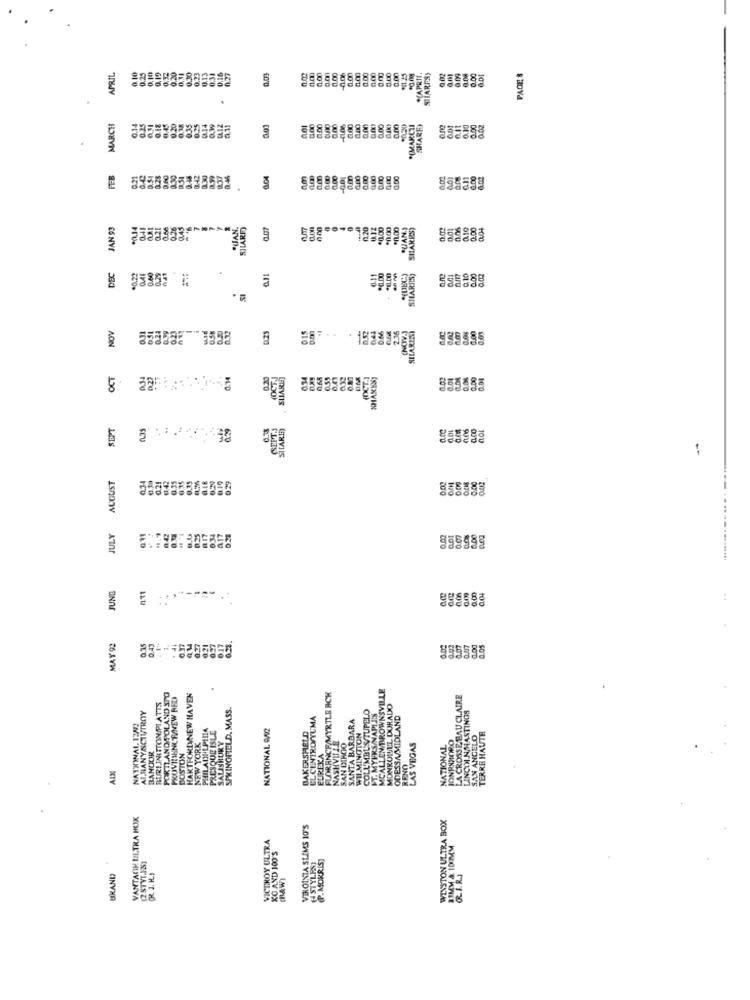
APRIL
0.20
0.30
0.13
0.03
0.00
a.on
0.00
d.on
.APRIL.
SHARPSS
0.00
PAGES
MARCH
0.00
0.00
0.00
"IMARCHI
SHARF)
0.10
0.21
0.28
0,30
0.44
0.42
0.30
0.04
1.00
JAN 93
0.66
JUAN.
SJARE)
1120
0.12
$0.00
QUANT
SHAKES)
0.02
0.00
0.04
DEC
*0.22
0.41
0.40
0.29
nat
SILARTIST
0,00
NOV
0.25
0.44
OM
2.36
0.31
0.24
015
SILARESI
25858:3558
OCT
0.27
...
0.34
(OCT.)
SHARES
0.0%
SEPT
0.35
...
AUGUST
0.35
0.35
JULY
034
0.01
0.00
UND
0.02
0.04
..
.
MAY 92
0.43
0 17
0.00
MCALLEN BROWNSVILLE
PORTLAND POLAND SPO
PROVIDENCE/NEW BED
HARTFORDWNEW HAVEN
FLORENCE/MYRTLE RICH
LA CROSSE BAU CLAIRE
BURLINGTON/PI ATTS
SPRINGFIELD, MASS.
COLUMBUSTUPELO
MONKOUEL DORADO
LINCOI N/HASTINGS
NATIONAL 124 !!
ALBANYACTUTROY
EL CENTROMYUMA
SANTA BARBARA
FT. MYERS/NAPLES
ODESSAMIDLAND
PRESQUE ISLE
NATIONAL 9/2
BAKERSHELD
NEW YORK
SALISBURY
WU.MINGTON
JONPOMIORO
SAN ANGELO
TERRE HAUTE
BOSTON
NASHVILLE
SAN DIEGO
LAS VEGAS
NATIONAL
BANOUR
EUREKA
RENO
AIN
VANTARIH ULTRA BOX
WINSTON ULTRA BOX
VIRGINIA SLIMS 10'S
VICEROY ULTRA
31MM & 100MM
(2STYLIS1
KO AND 100'S
STYLES
(P. MORRIS)
BRAND